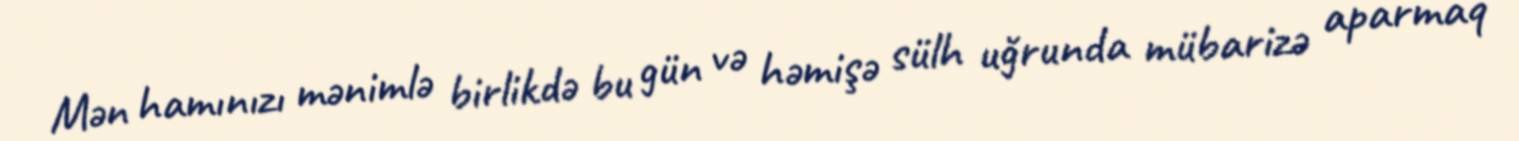
Mən hamınızı mənimlə birlikdə bu gün və həmişə sülh uğrunda mübarizə aparmaq